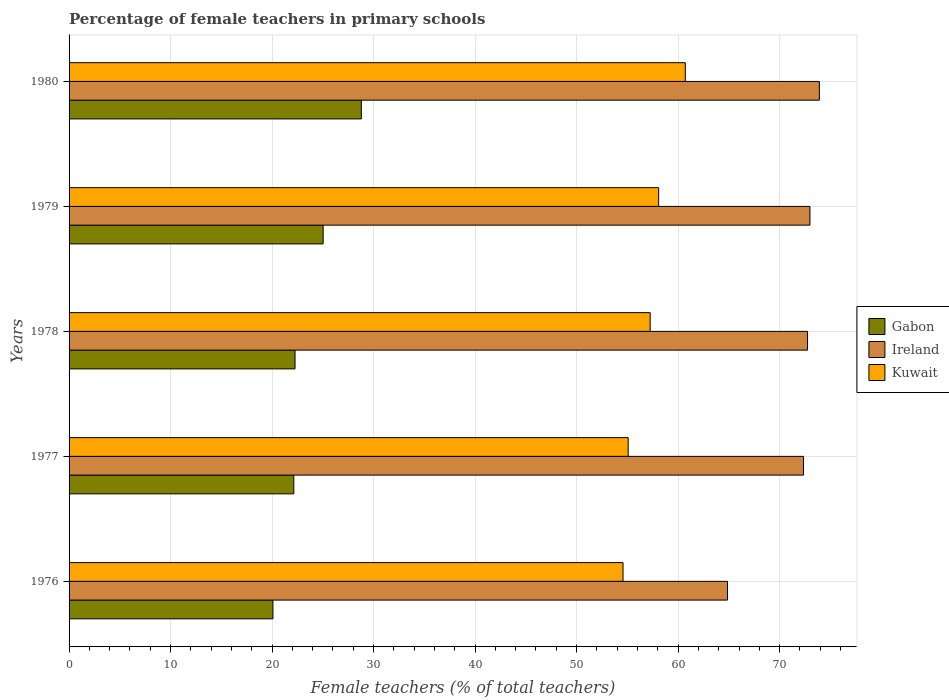
| Years | Gabon | Ireland | Kuwait |
 | --- | --- | --- | --- |
 | 1976 | 20.1 | 64.9 | 54.6 |
 | 1977 | 22.1 | 72.4 | 55.1 |
 | 1978 | 22.3 | 72.8 | 57.2 |
 | 1979 | 25 | 73 | 58.1 |
 | 1980 | 28.8 | 73.9 | 60.7 |